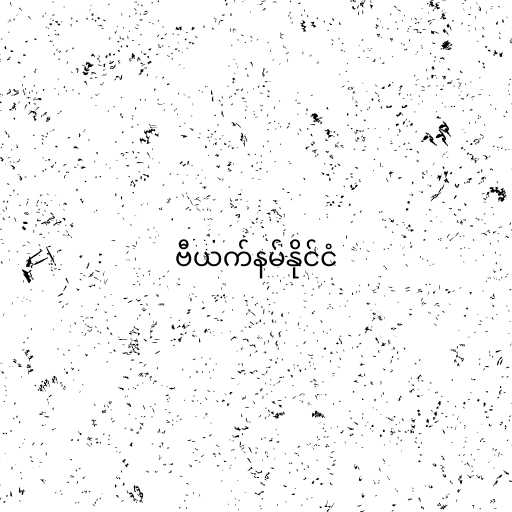
ဗီယက်နမ်နိုင်ငံ